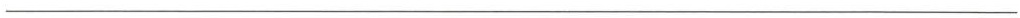
___